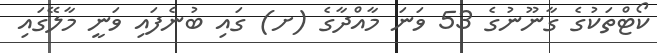
ކޯޓްތަކުގެ ގާނޫނުގެ 53 ވަނަ މާއްދާގެ (ށ) ގައި ބުނެފައި ވަނީ މާލޭގައި